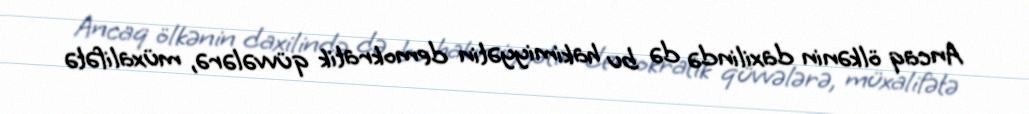
Ancaq ölkənin daxilində də bu hakimiyyətin demokratik qüvvələrə, müxalifətə